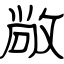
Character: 敞